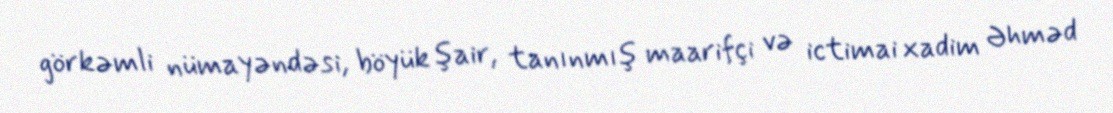
görkəmli nümayəndəsi, böyük şair, tanınmış maarifçi və ictimai xadim Əhməd